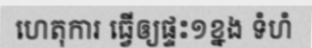
ហេតុការ ធ្វើឲ្យផ្ទះ១ខ្នង ទំហំ